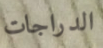
الدراجات